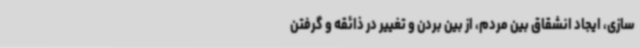
‌سازی، ایجاد انشقاق بین مردم، از بین بردن و تغییر در ذائقه و گرفتن